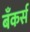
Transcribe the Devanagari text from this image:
बँकर्स